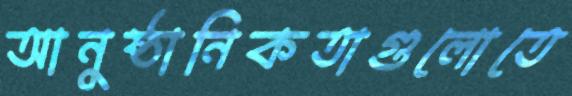
আনুষ্ঠানিকতাগুলোতে